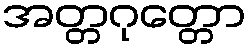
အတ္တဂုတ္တော